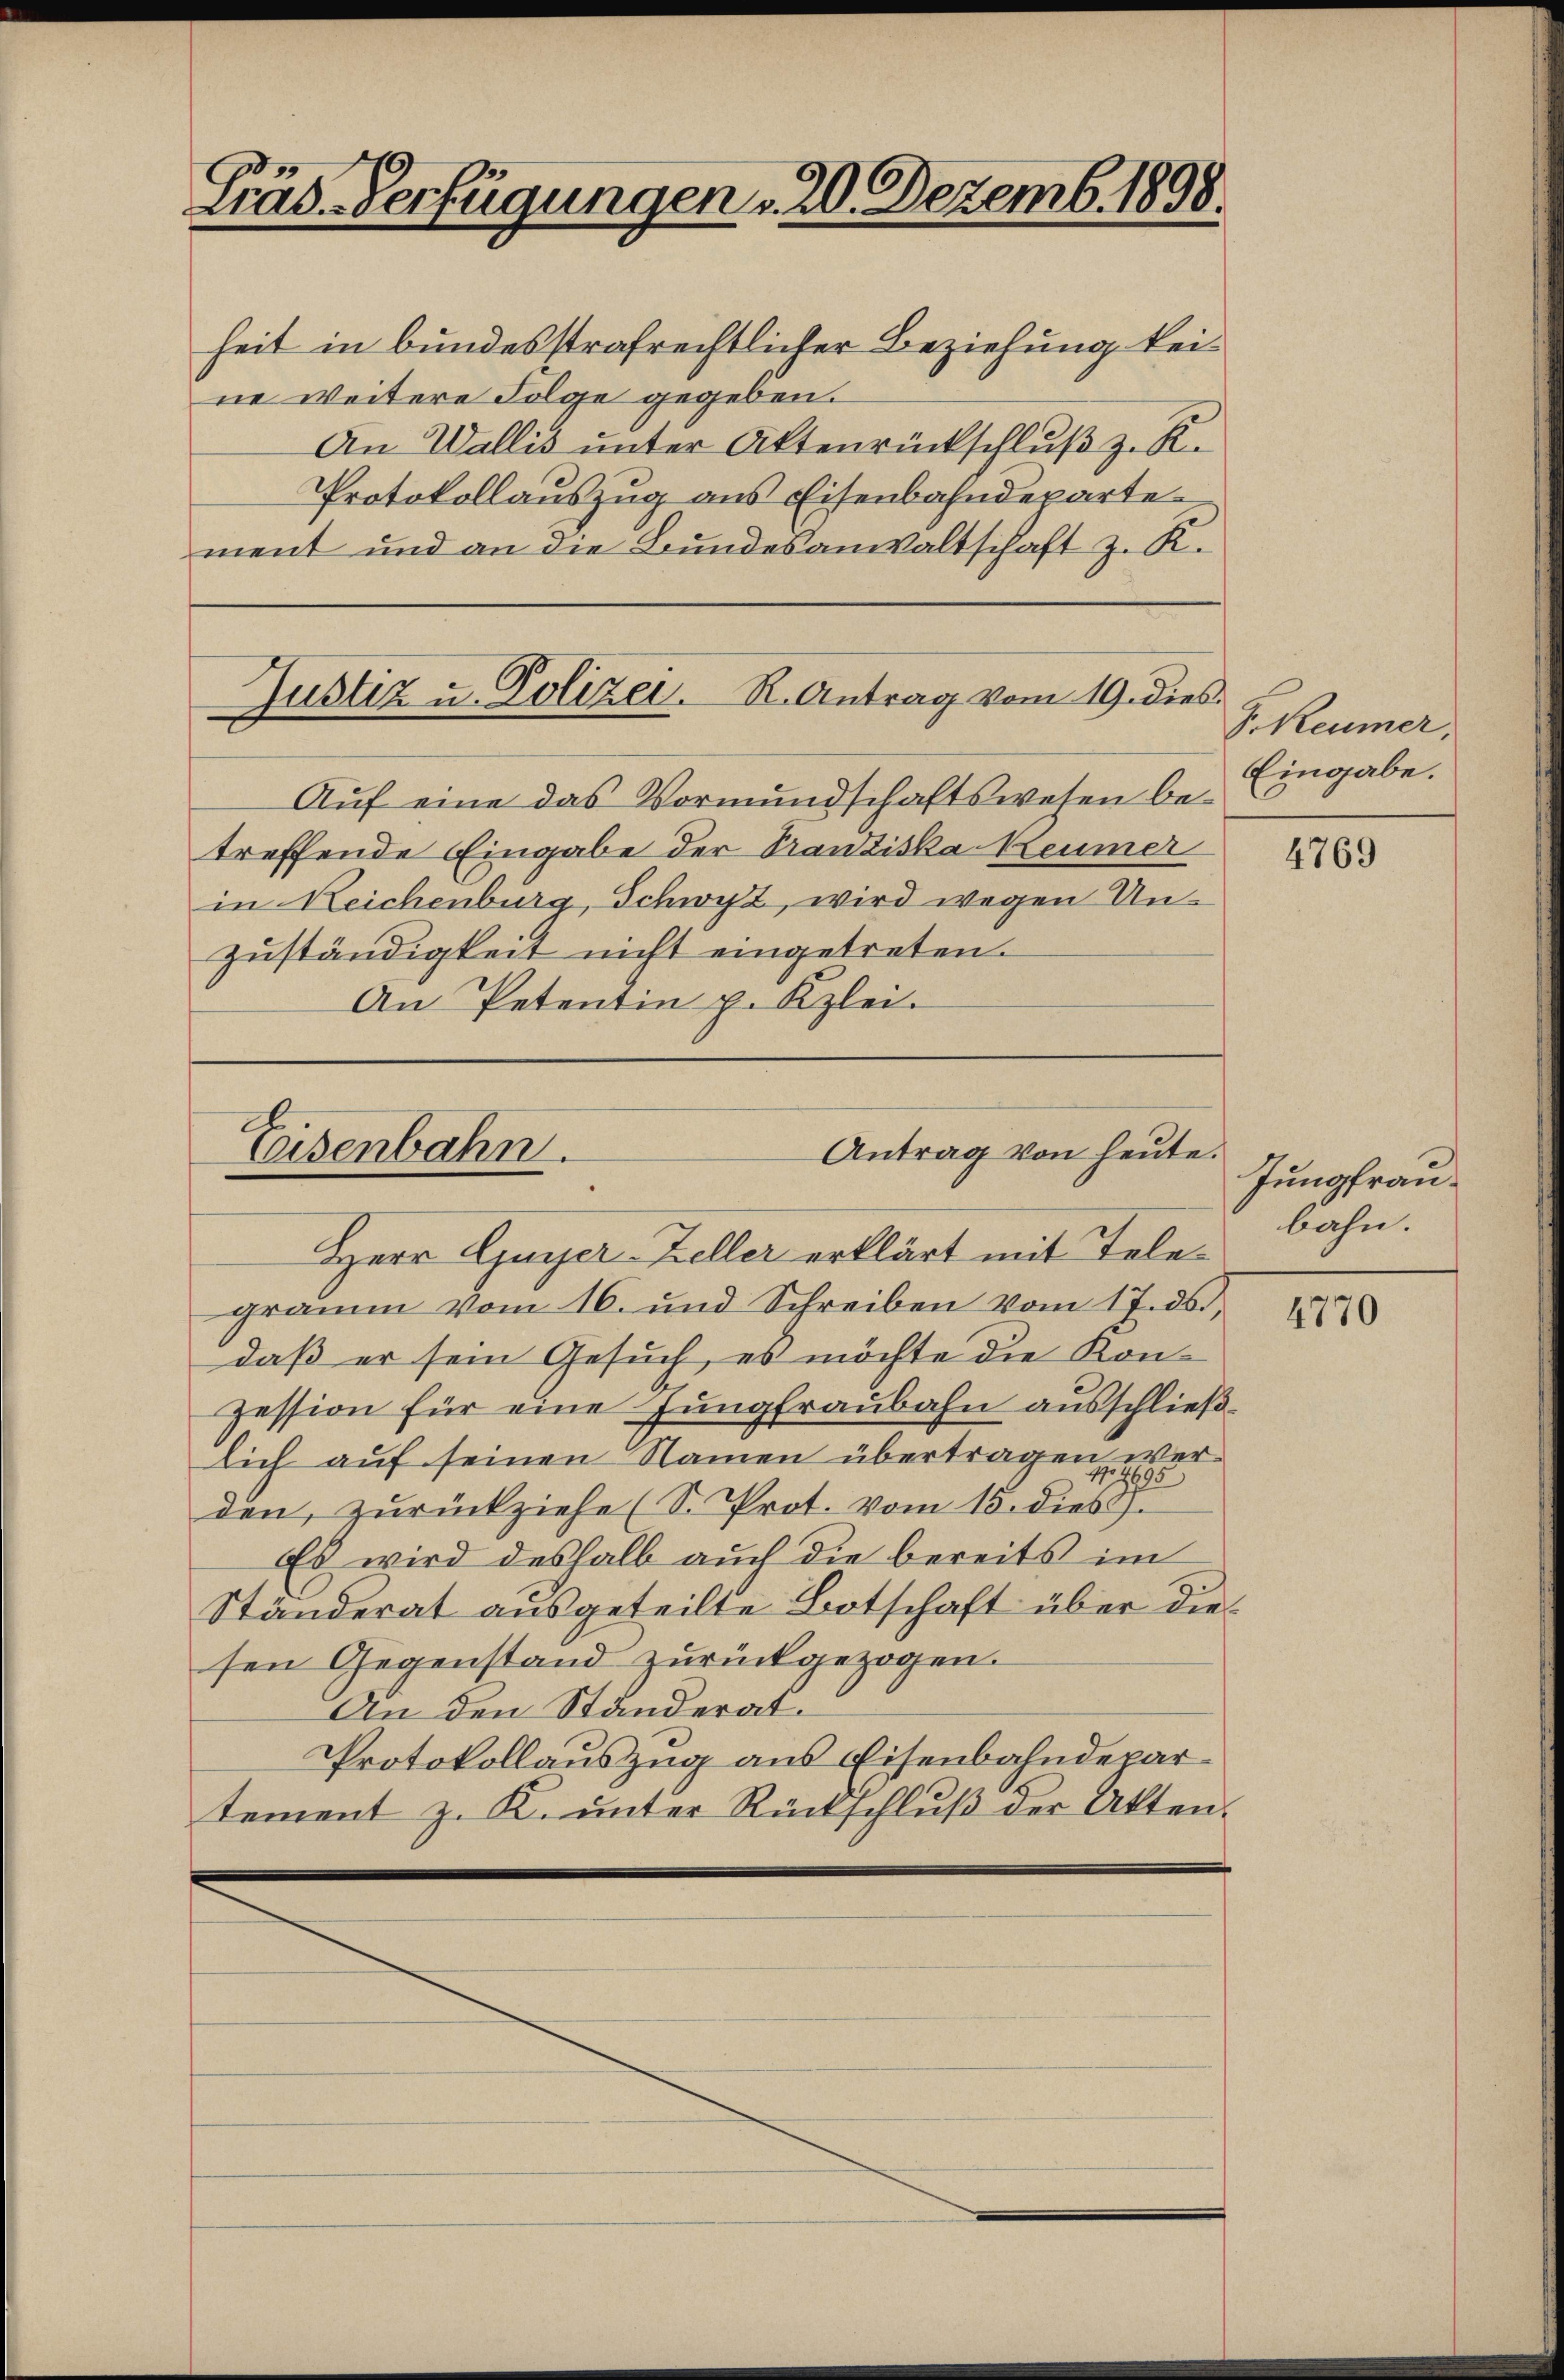
Präs. Verfügungen u. 20. Dezemb. 1898.

heit in bundesstrafrechtlicher Beziehung keine weitere Folge gegeben.
An Wallis unter Aktenrückschluß z. K.
Protokollauszug aus Eisenbahndeparte
ment und an die Bundesanwaltschaft z. K.

Justiz u. Polizei. R. Antrag vom 19. dies

Antrag von heute.
Zeisenbahn.

Auf eine das Vormundschaftswesen betreffende Eingabe der Franziska Keumer
in Reichenburg, Schwyz, wird wegen Unzuständigkeit nicht eingetreten.
An Petentin p. Klei¬

F. Reumer,
Eingabe.

Herr Guyer-Zeller erklärt mit Telegramm vom 16. und Schreiben vom 17. ds.,
daß er sein Gesuch, es möchte die Konzession für eine Jungfraubahn ausschließlich auf seinen Namen übertragen werden, zŭrückziehe (S. Prot. vom 15. dies
Es wird deshalb auch die bereits im
Ständerat ausgeteilte Botschaft über die
sen Gegenstand zurückgezogen.
An den Ständerat
Protokollauszug aus Eisenbahndepartement z. K. ŭnter Rückschlŭβ der Akten.

4769

Jungfranbahn.

4770